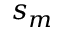
s _ { m }